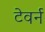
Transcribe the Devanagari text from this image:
टेवर्न